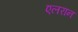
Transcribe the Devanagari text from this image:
एलरान